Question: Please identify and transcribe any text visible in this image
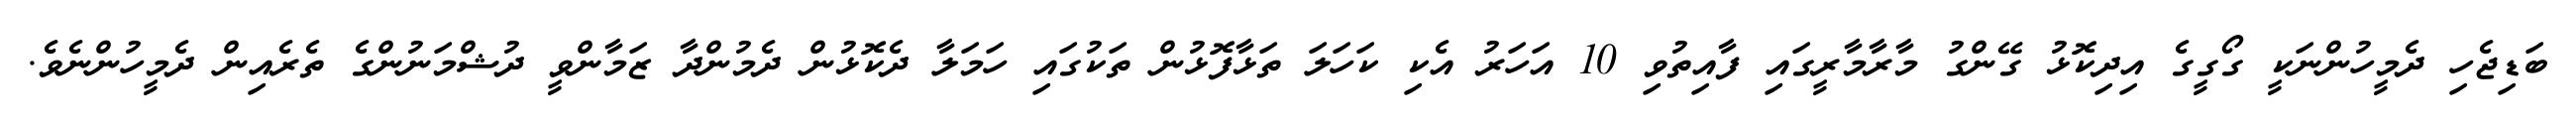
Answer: ބަޑިޖެހި ދެމީހުންނަކީ ގޯގީގެ އިދިކޮޅު ގޭންގު މާރާމާރީގައި ފާއިތުވި 10 އަހަރު އެކި ކަހަލަ ތަޅާފޮޅުން ތަކުގައި ހަމަލާ ދެކޮޅުން ދެމުންދާ ޒަމާންވީ ދުޝްމަނުންގެ ތެރެއިން ދެމީހުންނެވެ.